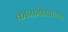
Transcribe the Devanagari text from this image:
कानाभोवतालचा